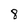
Character: 8